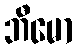
ဘီမော